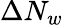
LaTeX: \Delta N_{w}